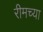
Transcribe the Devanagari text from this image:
रीमच्या